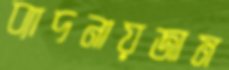
ব্যাদনায়জাম